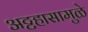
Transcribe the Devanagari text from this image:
अट्टहासामुळे